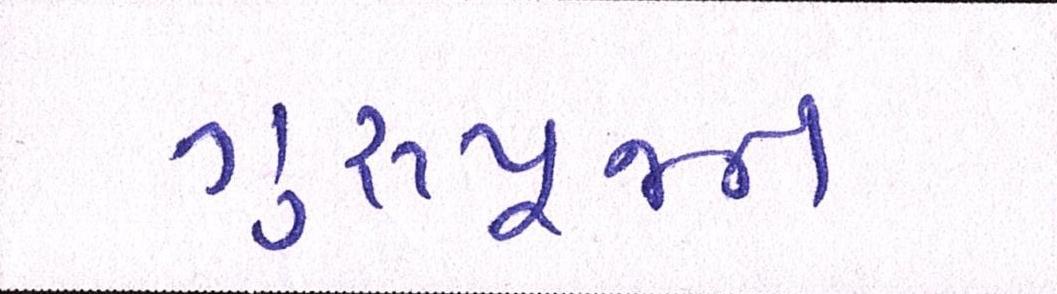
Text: ગુરૂપૂજન